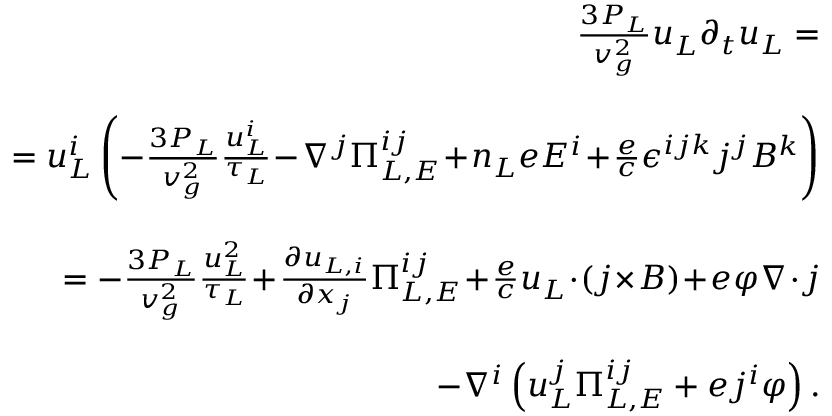
\begin{array} { r l r } & { } & { \! \! \frac { 3 P _ { L } } { v _ { g } ^ { 2 } } \boldsymbol { u } _ { L } \partial _ { t } \boldsymbol { u } _ { L } = } \\ & { } & \\ & { } & { \quad = u _ { L } ^ { i } \left( - \frac { 3 P _ { L } } { v _ { g } ^ { 2 } } \frac { u _ { L } ^ { i } } { \tau _ { L } } \! - \! \nabla ^ { j } \Pi _ { L , E } ^ { i j } \! + \! n _ { L } e E ^ { i } \! + \! \frac { e } { c } \epsilon ^ { i j k } j ^ { j } B ^ { k } \right) } \\ & { } & \\ & { } & { \quad = - \frac { 3 P _ { L } } { v _ { g } ^ { 2 } } \frac { u _ { L } ^ { 2 } } { \tau _ { L } } \! + \! \frac { \partial u _ { L , i } } { \partial x _ { j } } \Pi _ { L , E } ^ { i j } \! + \! \frac { e } { c } \boldsymbol { u } _ { L } \! \cdot \! ( \boldsymbol { j } \! \times \! \boldsymbol { B } ) \! + \! e \varphi \boldsymbol { \nabla } \! \cdot \! \boldsymbol { j } } \\ & { } & \\ & { } & { \qquad \qquad - \nabla ^ { i } \left( u _ { L } ^ { j } \Pi _ { L , E } ^ { i j } + e j ^ { i } \varphi \right) . } \end{array}